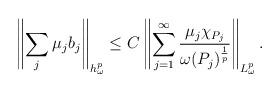
LaTeX: \begin{align*}\left \|\sum\limits_{j}\mu_{j}b_{j}\right \|_{h_{\omega}^{p}}\leq C\left \|\sum\limits_{j=1}^{\infty}\frac{\mu_j \chi_{P_j}}{\omega(P_j)^{\frac{1}{p}}}\right \|_{L_{\omega}^{p}}.\end{align*}